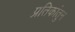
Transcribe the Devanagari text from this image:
प्रतिकांतुन